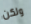
ولكن